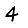
Digit: 4